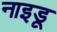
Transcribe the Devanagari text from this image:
नाइडू